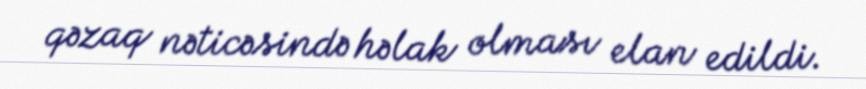
qəzaq nəticəsində həlak olması elan edildi.